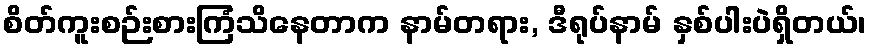
စိတ်ကူးစဉ်းစားကြံသိနေတာက နာမ်တရား, ဒီရုပ်နာမ် နှစ်ပါးပဲရှိတယ်၊